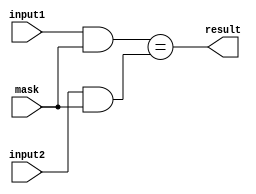
module masked_comparator(
    input [7:0] input1,
    input [7:0] input2,
    input [7:0] mask,
    output reg result
);

always @(*) begin
    result = (input1 & mask) == (input2 & mask);
end

endmodule